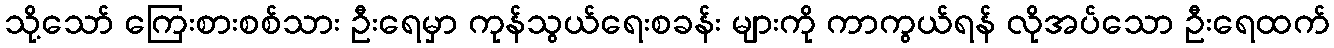
သို့သော် ကြေးစားစစ်သား ဦးရေမှာ ကုန်သွယ်ရေးစခန်း များကို ကာကွယ်ရန် လိုအပ်သော ဦးရေထက်